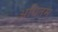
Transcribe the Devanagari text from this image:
अधितम